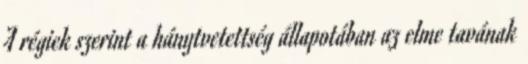
A régiek szerint a hánytvetettség állapotában az elme tavának